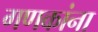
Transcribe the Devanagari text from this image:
गणकांना